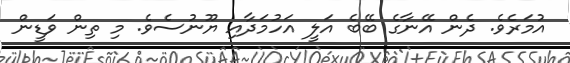
އުމަރެވެ. ދެން އޭނާގެ ބޭބެ އަލީ އަހުމަދާއި ޔޫނުސެވެ. މި ތިން ވަޑީން